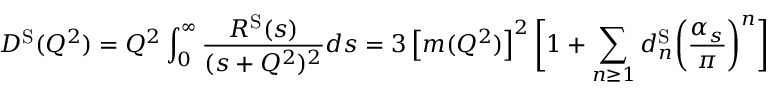
D ^ { \mathrm { S } } ( Q ^ { 2 } ) = Q ^ { 2 } \int _ { 0 } ^ { \infty } \frac { R ^ { \mathrm { S } } ( s ) } { ( s + Q ^ { 2 } ) ^ { 2 } } d s = 3 \left[ m ( Q ^ { 2 } ) \right] ^ { 2 } \bigg [ 1 + \sum _ { n \geq 1 } d _ { n } ^ { \mathrm { S } } \bigg ( \frac { \alpha _ { s } } { \pi } \bigg ) ^ { n } \bigg ]